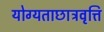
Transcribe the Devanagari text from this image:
योग्यताछात्रवृत्ति